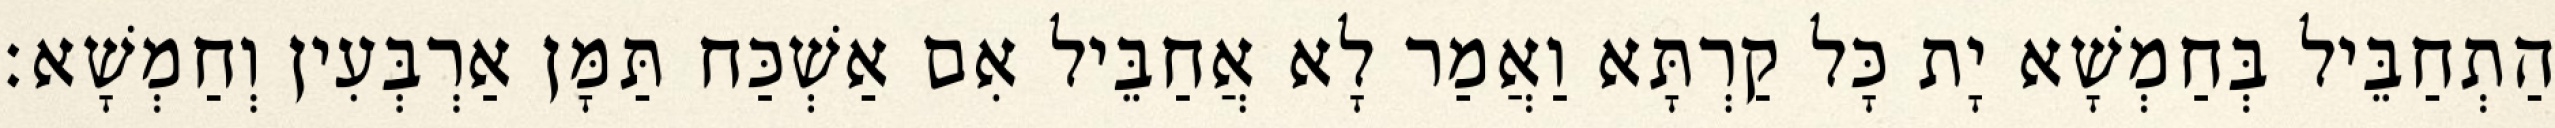
הַתְחַבֵּיל בְּחַמְשָׁא יָת כָּל קַרְתָּא וַאֲמַר לָא אֲחַבֵּיל אִם אַשְׁכַּח תַּמָּן אַרְבְּעִין וְחַמְשָׁא׃